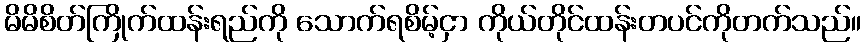
မိမိစိတ်ကြိုက်ထန်းရည်ကို သောက်ရစိမ့်ငှာ ကိုယ်တိုင်ထန်းတပင်ကိုတက်သည်။